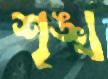
শৃঙ্খ